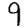
Digit: 9